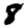
Digit: 8